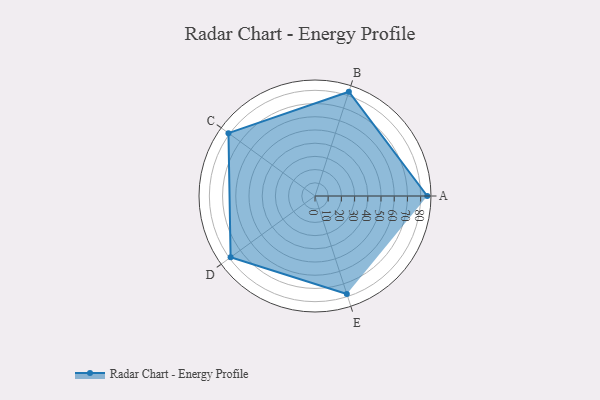
{"axis": {"x": "Skill", "y": "Score"}, "legend": ["Profile"], "data": [{"x": "A", "y": 85.0, "type": "Profile"}, {"x": "B", "y": 83.0, "type": "Profile"}, {"x": "C", "y": 81.0, "type": "Profile"}, {"x": "D", "y": 79.0, "type": "Profile"}, {"x": "E", "y": 78.0, "type": "Profile"}]}